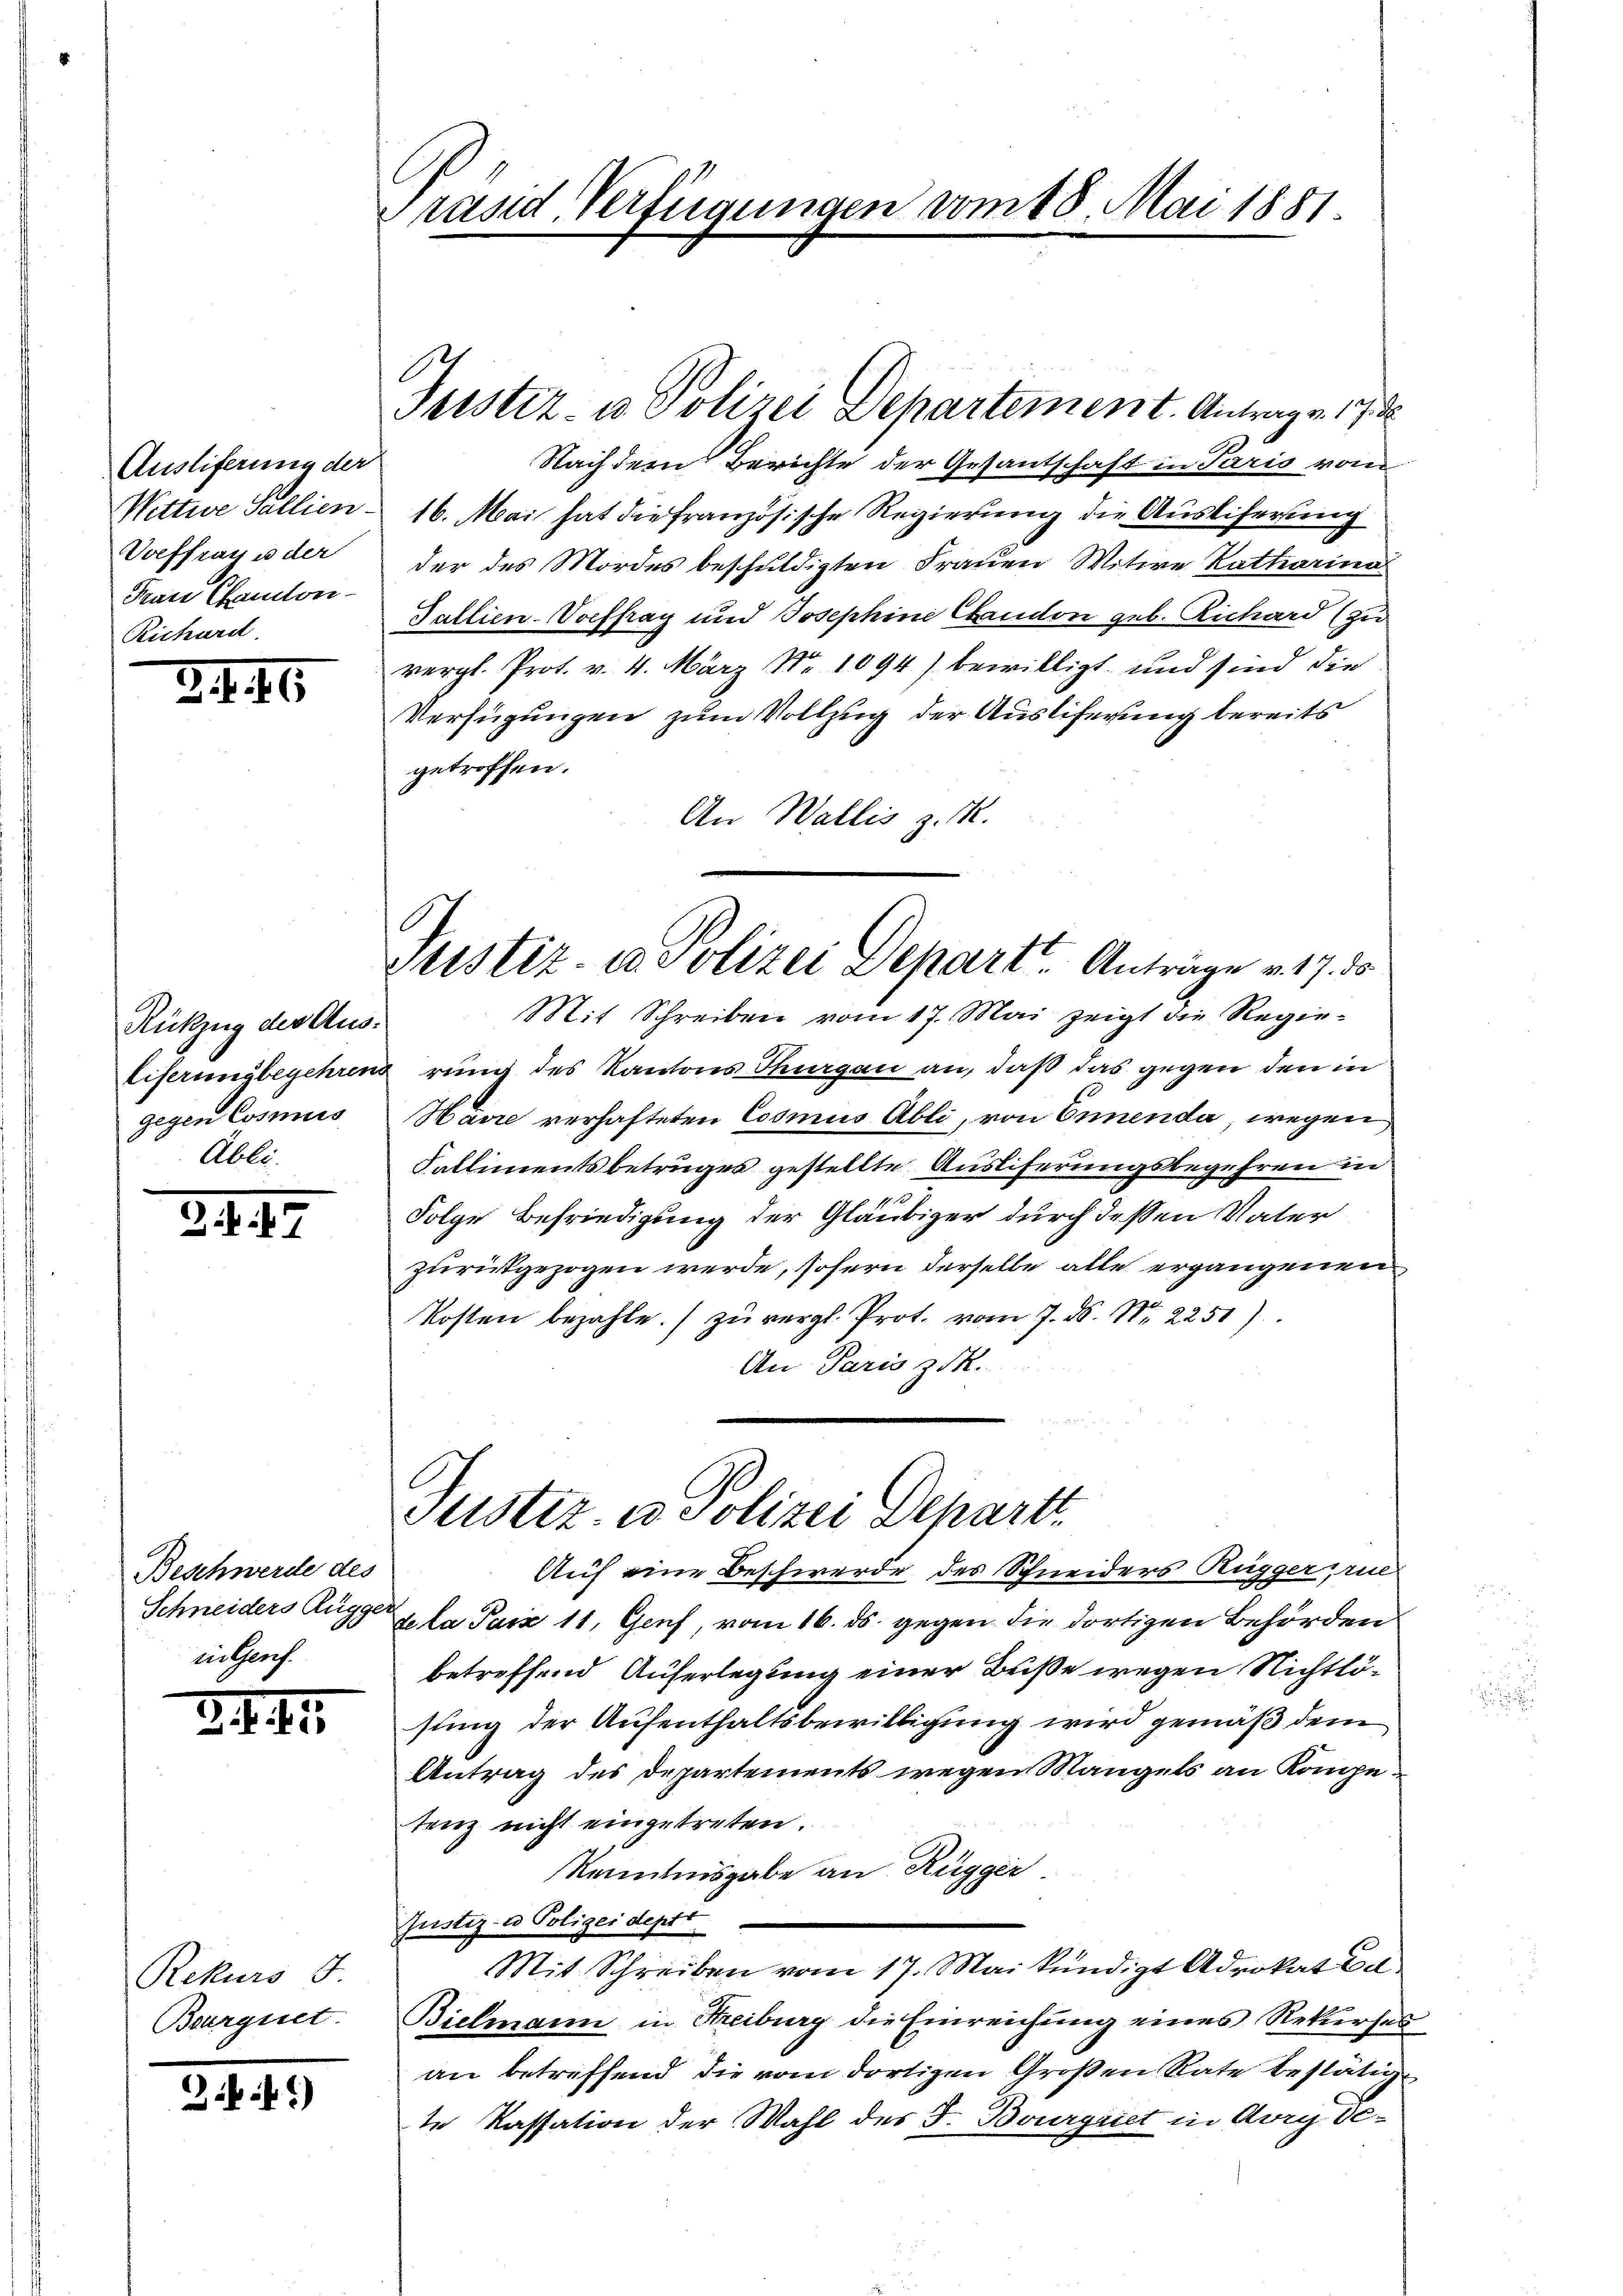
Ausliferung der
Nittwe Sallien-
Voeffrag es der
Frau Canton
Richard.

2. 441

Rükzug des Aus-
gegen Cosmus
Able

3442

Beschwerde des
in Genf.

24.9.1.

Rekurs d
Beurgnet.

3ff.)

Prand Verfügungen vom 18. Mai 1881.

Nachdem Berichte der Gesantschaft in Paris vom
16. Mai hat die französische Regierung die Ausliferung
der des Mordes beschuldigten Frauen Witwe Katharina
Tallien-Vocffrag und Josephine Candon geb. Richard (zu
vergl. Prot. v. 4. März Nr. 1094) bewilligt und sind die
Verfügungen zum Vollzug der Ausliferung bereits
getroffen.
An Wallis z. B.
Mit Schreiben vom 17. Mai zeigt die Regie¬
Eiferungbegehrengrung des Kantons Thurgau an, daß das gegen den in
Harre verhafteten Cosmus Abli, von Ennenda, wegen
Kallimentsbetruges gestellte Ausliferungsbegehren in
Folge Befriedigung der Gläubiger durch deßen Vater
zurückgezogen werde, sofern derselbe alle ergangenen
Kosten bezahle. zŭ vergl. Prot. vom 7. ds. Nr. 2251)
An Paris zuk
Justiz- u Polizei Depart.
Auf eine Beschwerde des Schneiders Rugger, rue
Schneiders Auge, la Paix 11, Genf, vom 16. ds. gegen die dortigen Behörden
betreffend Auferlegung einer Buße wegen Nichtlösung der Aufenthaltsbewilligung wird gemäß dem
Antrag des Departements wegen Mangels an Kompetenz nicht eingetreten.
Kenntnisgabe an Rügger.
Justiz- & Poliger deptt.
Mit Schreiben vom 17. Mai kündigt Advokat Ca
Bielmann in Streiburg die Einreichung eines Rekurses
an betreffend die vom dortigen Großen Rate bestätigte Kassation der Wahl des F. Bourgriet in Arry De¬

Justiz- u Polizei Departement. Antrag v. 173

Justiz- u Polizei Departe. Anträge v. 17. d.